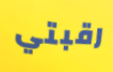
رقبتي